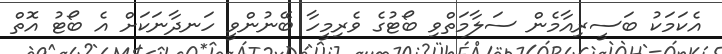
އެކަމަކު ބަސީރިއާމެން ސަލާމަތްވި ބޯޓުގެ ވެރިމީހާ ބޭނުންވީ ހަނދާނަކަށް އެ ބޯޓު އޮތް